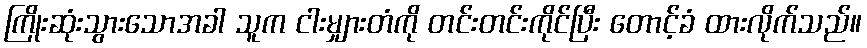
ကြိုးဆုံးသွားသောအခါ သူက ငါးမျှားတံကို တင်းတင်းကိုင်ပြီး တောင့်ခံ ထားလိုက်သည်။